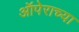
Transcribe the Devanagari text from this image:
ऑपेराच्या